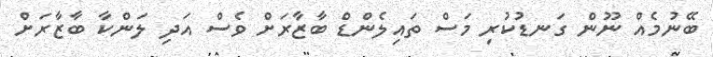
ބޭނުމެއް ނޫން ގަނޑުކުރި މަސް ތައިލެންޑް ބާޒާރަށް ވެސް އަދި ލަންކާ ބާޒާރަށް